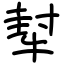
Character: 犎